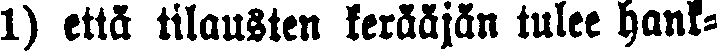
1) että tilausten kerääjän tulee hank-